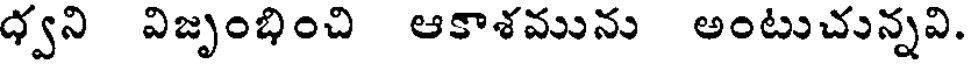
ధ్వని విజృంభించి ఆకాశమును అంటుచున్నవి.